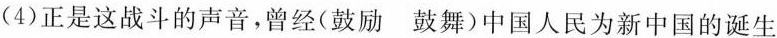
(4)正是这战斗的声音，曾经(鼓励 鼓舞)中国人民为新中国的诞生